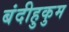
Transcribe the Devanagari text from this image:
बंदीहुकुम